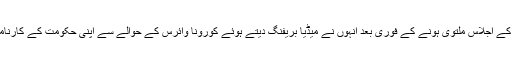
تاہم عوام کے منتخب نمائیندوں پر مشتمل قومی اسمبلی اور سینیٹ کے اجلاس ملتوی ہونے کے فوری بعد انہوں نے میڈیا بریفنگ دیتے ہوئے کورونا وائرس کے حوالے سے اپنی حکومت کے کارناموں اور اس سائنسی مسئلہ پر اپنے نادر شاہی خیالات کا اظہار کیا۔